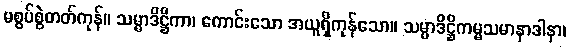
မစွပ်စွဲတတ်ကုန်။ သမ္မာဒိဋ္ဌိကာ၊ ကောင်းသော အယူရှိကုန်သော။ သမ္မာဒိဋ္ဌိကမ္မသမာနာဒါနာ၊